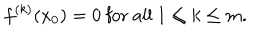
f ^ { ( k ) } ( x _ { 0 } ) = 0 \mathrm { ~ f o r ~ a l l ~ } 1 \leq k \leq m .